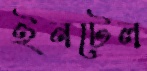
ইনটেল